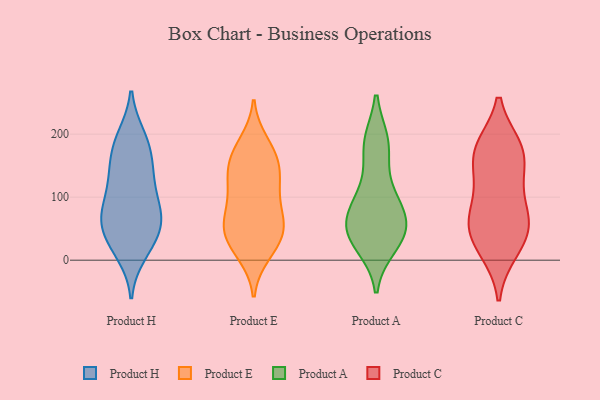
{"axis": {"x": "Churn Rate (%)", "y": "Value"}, "legend": ["Product A", "Product C", "Product E", "Product H"], "data": [{"x": "", "y": 178, "type": "Product H"}, {"x": "", "y": 20, "type": "Product H"}, {"x": "", "y": 59, "type": "Product H"}, {"x": "", "y": 11, "type": "Product H"}, {"x": "", "y": 143, "type": "Product H"}, {"x": "", "y": 195, "type": "Product H"}, {"x": "", "y": 122, "type": "Product H"}, {"x": "", "y": 76, "type": "Product H"}, {"x": "", "y": 82, "type": "Product H"}, {"x": "", "y": 140, "type": "Product H"}, {"x": "", "y": 77, "type": "Product H"}, {"x": "", "y": 53, "type": "Product H"}, {"x": "", "y": 28, "type": "Product H"}, {"x": "", "y": 70, "type": "Product H"}, {"x": "", "y": 114, "type": "Product H"}, {"x": "", "y": 196, "type": "Product H"}, {"x": "", "y": 167, "type": "Product H"}, {"x": "", "y": 46, "type": "Product H"}, {"x": "", "y": 84, "type": "Product E"}, {"x": "", "y": 36, "type": "Product E"}, {"x": "", "y": 167, "type": "Product E"}, {"x": "", "y": 135, "type": "Product E"}, {"x": "", "y": 185, "type": "Product E"}, {"x": "", "y": 39, "type": "Product E"}, {"x": "", "y": 17, "type": "Product E"}, {"x": "", "y": 57, "type": "Product E"}, {"x": "", "y": 159, "type": "Product E"}, {"x": "", "y": 47, "type": "Product E"}, {"x": "", "y": 170, "type": "Product E"}, {"x": "", "y": 64, "type": "Product E"}, {"x": "", "y": 129, "type": "Product E"}, {"x": "", "y": 11, "type": "Product E"}, {"x": "", "y": 122, "type": "Product E"}, {"x": "", "y": 67, "type": "Product E"}, {"x": "", "y": 114, "type": "Product E"}, {"x": "", "y": 31, "type": "Product A"}, {"x": "", "y": 62, "type": "Product A"}, {"x": "", "y": 95, "type": "Product A"}, {"x": "", "y": 47, "type": "Product A"}, {"x": "", "y": 186, "type": "Product A"}, {"x": "", "y": 24, "type": "Product A"}, {"x": "", "y": 91, "type": "Product A"}, {"x": "", "y": 60, "type": "Product A"}, {"x": "", "y": 182, "type": "Product A"}, {"x": "", "y": 184, "type": "Product A"}, {"x": "", "y": 53, "type": "Product A"}, {"x": "", "y": 39, "type": "Product A"}, {"x": "", "y": 111, "type": "Product A"}, {"x": "", "y": 65, "type": "Product C"}, {"x": "", "y": 180, "type": "Product C"}, {"x": "", "y": 47, "type": "Product C"}, {"x": "", "y": 14, "type": "Product C"}, {"x": "", "y": 15, "type": "Product C"}, {"x": "", "y": 137, "type": "Product C"}, {"x": "", "y": 72, "type": "Product C"}, {"x": "", "y": 179, "type": "Product C"}, {"x": "", "y": 180, "type": "Product C"}, {"x": "", "y": 55, "type": "Product C"}, {"x": "", "y": 102, "type": "Product C"}, {"x": "", "y": 134, "type": "Product C"}, {"x": "", "y": 171, "type": "Product C"}, {"x": "", "y": 52, "type": "Product C"}]}